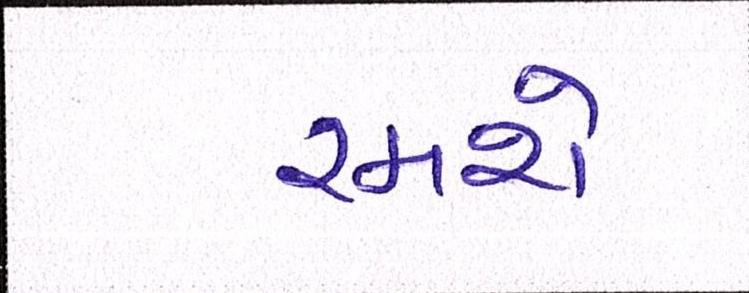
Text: રમશે